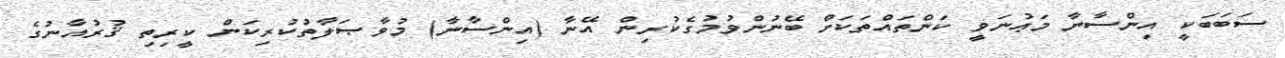
ސަބަބަކީ އިންސާނާ މަޢުނަވީ ކަންތައްތަކަށް ބޭނުންވުމުގެކުރިން އޭނާ (އިންސާނާ) މުވާޞަލާތުކުރިކަން ކީރިތި ޤުރުއާނުގެ